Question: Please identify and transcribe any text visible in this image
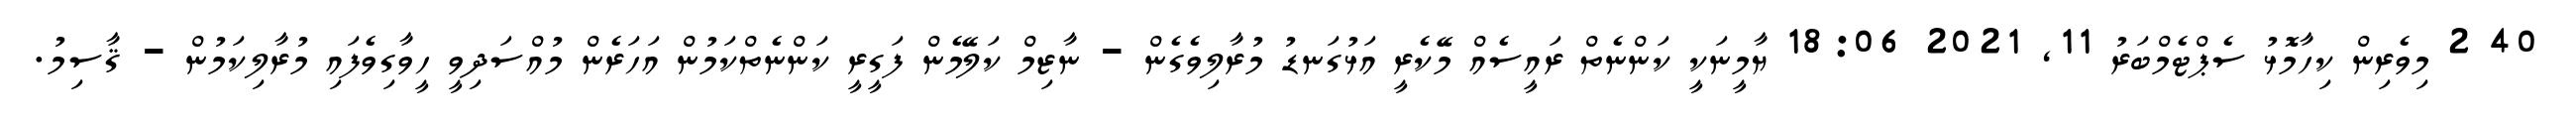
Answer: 40 2 މިވެރިން ކިހާމޮޅު ސެޕްޓެމްބަރު 11, 2021 18:06 ޔާމީނަކީ ކަންނެތް ރައީސެއް މޭކެރީ އަޅުގަނޑު މުރާލިވެގެން - ނާޒިމް ކަލޭމެން ފަގީރީ ކަންނެތްކަމުން އަހަރެން މުއްސަދިވީ ހީވާގިވެފައި މުރާލިކަމުން - ޤާސިމު.